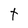
Character: t